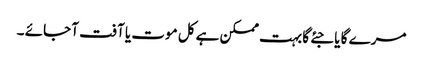
مرے گا یا جئے گا بہت ممکن ہے کل موت یا آفت آ جائے ۔